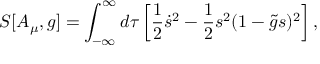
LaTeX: S [ A _ { \mu } , g ] = \int _ { - \infty } ^ { \infty } d \tau \left[ { \frac { 1 } { 2 } } \dot { s } ^ { 2 } - { \frac { 1 } { 2 } } s ^ { 2 } ( 1 - \tilde { g } s ) ^ { 2 } \right] ,